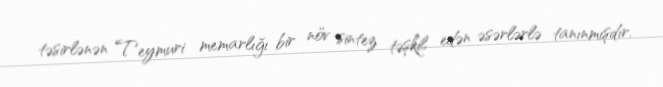
təsirlənən Teymuri memarlığı bir növ sintez təşkil edən əsərlərlə tanınmışdır.